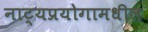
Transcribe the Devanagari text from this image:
नाट्यप्रयोगामधील